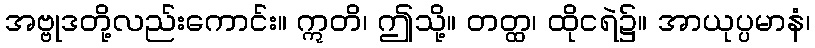
အဗ္ဗုဒတို့လည်းကောင်း။ ဣတိ၊ ဤသို့။ တတ္ထ၊ ထိုငရဲ၌။ အာယုပ္ပမာနံ၊